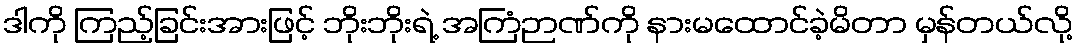
ဒါကို ကြည့်ခြင်းအားဖြင့် ဘိုးဘိုးရဲ့ အကြံဉာဏ်ကို နားမထောင်ခဲ့မိတာ မှန်တယ်လို့